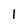
Character: 1